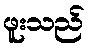
ဖူးသည်